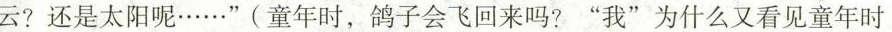
云?还是太阳呢……”(童年时，鸽子会飞回来吗?“我”为什么又看见童年时